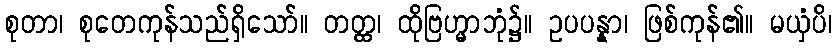
စုတာ၊ စုတေကုန်သည်ရှိသော်။ တတ္ထ၊ ထိုဗြဟ္မာဘုံ၌။ ဥပပန္နာ၊ ဖြစ်ကုန်၏။ မယှံပိ၊